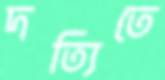
দত্যিতে